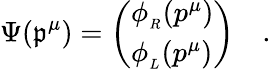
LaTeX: \Psi(\mathfrak{p}^{\mu})=\left(\begin{array}{l}{{\phi_{_R}(p^{\mu})}}\\ {{\phi_{_L}(p^{\mu})}}\end{array}\right)\quad.